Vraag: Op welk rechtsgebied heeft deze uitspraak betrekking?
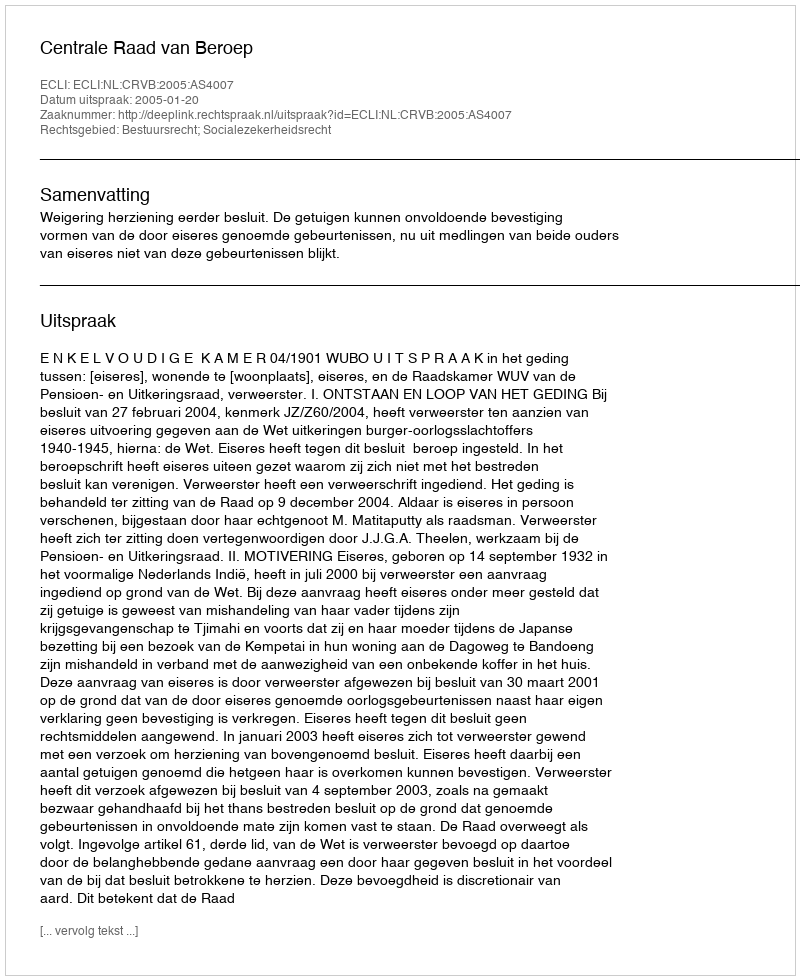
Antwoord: Bestuursrecht; Socialezekerheidsrecht